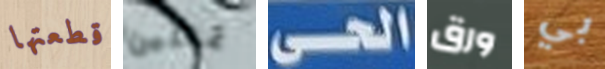
قطعتها تمثلين الحى ورق بي